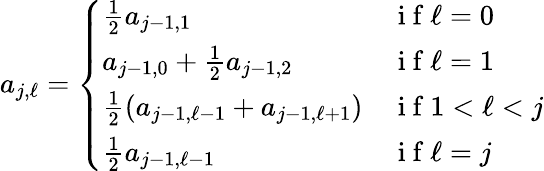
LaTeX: \begin{array}{r}{a_{j,\ell}=\left\{ \begin{array}{ll}{\frac{1}{2}a_{j-1,1}}&{\mathrm{~i~f~}\ell=0}\\ {a_{j-1,0}+\frac{1}{2}a_{j-1,2}}&{\mathrm{~i~f~}\ell=1}\\ {\frac{1}{2}(a_{j-1,\ell-1}+a_{j-1,\ell+1})}&{\mathrm{~i~f~}1<\ell<j}\\ {\frac{1}{2}a_{j-1,\ell-1}}&{\mathrm{~i~f~}\ell=j}\end{array}\right.}\end{array}